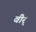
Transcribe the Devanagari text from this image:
वीर्